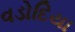
વડોદિયા